King Institute of Preventive Medicine Micro-Biological Section reports 1912-19
Year: 1912
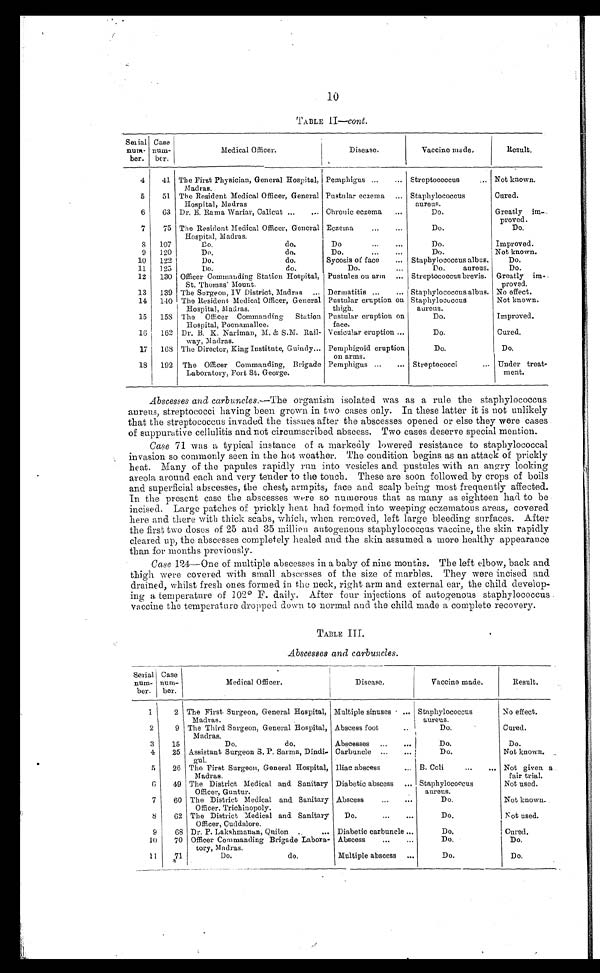
10
TABLE II —cont.
Serial
num-
ber.
Case
num-
ber
Medical Officer.
Disease.
Vaccine made.
Result.
4
41 The First Physician, General Hospital,
Madras.
Pemphigus . . . Streptococcus . . .
Not known.
5
51 The Resident Medical Officer, General
Hospital, Madras.
Pustular eczema . . . Staphylococcus
aureus.
Cured.
6
63 Dr. E. Rama Wariar, Calicut . . . Chronic eczema . . .
Do.
Greatly im
-proved.
7
75 The Resident Medical Officer, General
Hospital, Madras.
Eczema . . .
Do.
Do.
8
107
Do. do.
Do . . .
Do.
Improved.
9
120
Do. do.
Do. . .
Do.
Not known.
10
122
Do. do.
Sycosis of face . . . Staphylococcus albus.
Do.
11
125
Do. do.
Do . . .
D o . a u r e u s .
Do.
12
130 Officer Commanding Station Hospital,
St. Thomas' Mount.
Pustules on arm . . . Streptococcus brevis. Greatly im-
proved.
13
139 The Surgeon, IV .District, Madras . . . Dermatitis . . . Staphylococcus albus. No effect.
14
140 The Resident Medical Officer, General
Hospital, Madras.
Pustular eruption on
thigh.
Staphylococcus
aureus.
Not known.
15
153 Tho Officer Commanding
Station
Hospital, Poonamallee.
Pustular eruption on
face.
Do.
Improved.
16
162 Dr. B. K. Nariman, M. & S.M. Rail-
way, Madras.
Vesicular eruption . . .
Do.
Cured.
17
168 The Director, King Institute, Guindy . . . Pemphigoid eruption
on arms.
Do.
Do.
18
192 The Officer Commanding, Brigade
Laboratory, Fort St. George.
Pemphigus . . . Streptococci . . .
Under treat
-ment.
Abscesses and carbuncles. —The organism isolated was as a rule the staphylococcus
aureus, streptococci having been grown in two cases only. In these latter it is not unlikely
that the streptococcus invaded the tissues after the abscesses opened or else they were cases
of suppurative cellulitis and not circumscribed abscess. Two cases deserve special mention.
Case 71. was a typical instance of a markedly lowered resistance to staphylococcal
invasion so commonly seen in the hot weather. The condition begins as an attack of prickly
heat. Many of the papules rapidly run into vesicles and pustules with an angry lookin
g
areola around each and very tender to the touch. These are soon followed by crops of boils
and superficial abscesses, the chest, armpits, face and scalp being most frequently affected.
In the present case the abscesses were so numerous that as many as eighteen had to be
incised. Large patches of prickly heat had formed into weeping eczematous areas, covered
here and there with thick scabs, which, when removed, left large bleeding surfaces. After
the first two doses of 25 and 35 million autogenous staphylococcus vaccine, the skin rapidly
cleared up, the abscesses completely healed and the skin assumed a more healthy appearance
than for months previously.
Case 124—One of multiple abscesses in a baby of nine months. The left elbow, back and
thigh were covered with small abscesses of the size of marbles. They were incised and
drained, whilst fresh ones formed in the neck, right arm and external ear, the child develop
-
ing a temperature of 102 0 F. daily. After four injections of autogenous staphylococcus
vaccine the temperature dropped down to normal and the child made a complete recovery.
TABLE III.
Abscesses and carbuncles.
Serial
num
-ber.
Case
num-
ber.
Medical Officer.
Disease.
Vaccine made.
Result.
1
2 The First Surgeon, General Hospital,
Madras.
Multiple sinuses . . .
Staphylococcus
aureus.
No effect.
2
9 The Third Surgeon, General Hospital,
Madras.
Abscess foot . . .
Do.
Cured.
3
15
Do. do.
Abscesses . . .
Do.
Do.
4
25 Assistant Surgeon S. P. Sarma, Dindi
-gul.
Carbuncle . . .
Do.
Not known.
5
26 The First Surgeon, General Hospital,
Madras.
Iliac abscess . . .
B. Coli . . .
Not given a
fair trial.
6
49 The District Medical and Sanitary
Officer, Guntur.
Diabetic abscess . . .
Staphylococcus
aureus.
Not used.
7
60 The District Medical and Sanitary
Officer, Trichinopoly.
Abscess . . .
Do.
Not known.
8
62 The District Medical and Sanitary
Officer, Cuddalore.
Do. . .
Do.
Not used.
9
68 Dr. P. Lakshmanan, Quilon . . . Diabetic carbuncle . . .
Do.
Cured.
10
70 Officer Commanding Brigade Labora-
tory, Madras.
Abscess . . .
Do.
Do.
1 1
71
Do. do.
Multiple abscess . . .
Do.
Do.